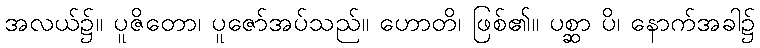
အလယ်၌။ ပူဇိတော၊ ပူဇော်အပ်သည်။ ဟောတိ၊ ဖြစ်၏။ ပစ္ဆာ ပိ၊ နောက်အခါ၌